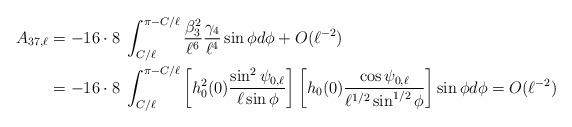
LaTeX: \begin{align*}A_{37,\ell}&= -16 \cdot 8 \; \int_{C/\ell}^{\pi -C/\ell} \frac{\beta_3^2}{\ell^6} \frac{\gamma_4}{\ell^4} \sin \phi d \phi +O(\ell^{-2})\\&=-16 \cdot 8 \; \int_{C/\ell}^{\pi -C/\ell} \left[ h^2_0(0) \frac{\sin^2 \psi_{0,\ell}}{\ell \sin \phi} \right] \left[ h_0(0) \frac{\cos \psi_{0,\ell}}{\ell^{1/2} \sin^{1/2} \phi} \right] \sin \phi d \phi =O(\ell^{-2})\end{align*}